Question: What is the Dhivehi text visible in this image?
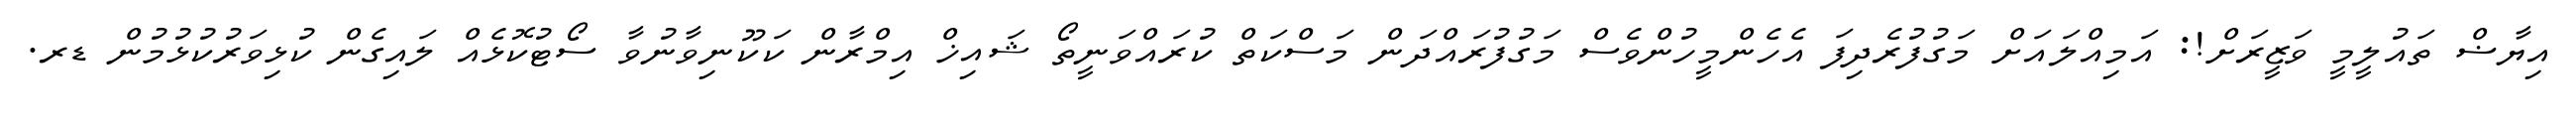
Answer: އިޔާޟް ތައުލީމީ ވަޒީރަށް!: އަމިއްލައަށް މަގުފުރެދިފަ އެހެންމީހުންވެސް މަގުފުރައްދަން މަސްކަތް ކުރައްވަނީތޯ ޝައިޚް އިމްރާން ކަކޫނިވާނުވާ ސޯޓުކޮޅެއް ލައިގެން ކުޅިވަރުކުޅުމުން ޑރ.